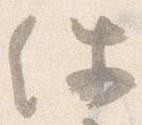
件